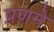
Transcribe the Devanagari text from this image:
प्रणमे